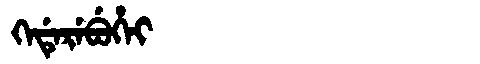
Manchu: ᡴᡝᡩᡝᡵᡝᠪᡠᡥᡝᡳ
Romanization: KEDEREBUHEI